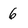
Character: 6